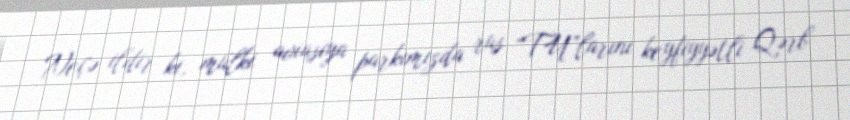
Neçə ildir ki, mülki aviasiya parkımızda rus “TU”larını keyfiyyətli Qərb